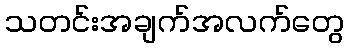
သတင်းအချက်အလက်တွေ